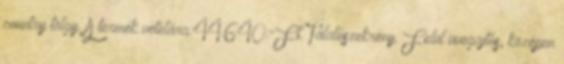
country tölgy. A termék vételára:44.640.-Ft. Tálalószekrény. Felül üvegajtós, középen